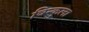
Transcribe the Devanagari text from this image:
विन्कुला